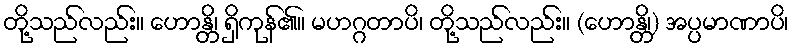
တို့သည်လည်း။ ဟောန္တိ၊ ရှိကုန်၏။ မဟဂ္ဂတာပိ၊ တို့သည်လည်း။ (ဟောန္တိ၊) အပ္ပမာဏာပိ၊